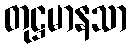
တုဋ္ဌမာနသာ